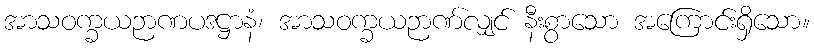
အာသဝက္ခယဉာဏပဒဋ္ဌာနံ၊ အာသဝက္ခယဉာဏ်လျှင် နီးစွာသော အကြောင်းရှိသော။